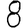
Digit: 8